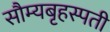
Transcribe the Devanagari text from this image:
सौम्यबृहस्पती